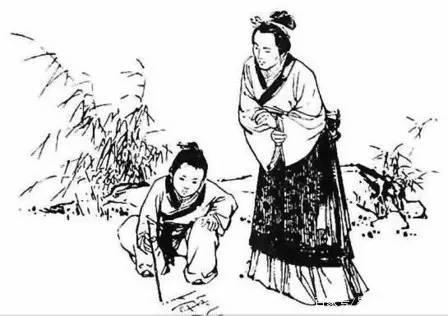
守节自誓，亲诲之学。